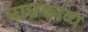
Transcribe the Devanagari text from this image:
माघकाव्य